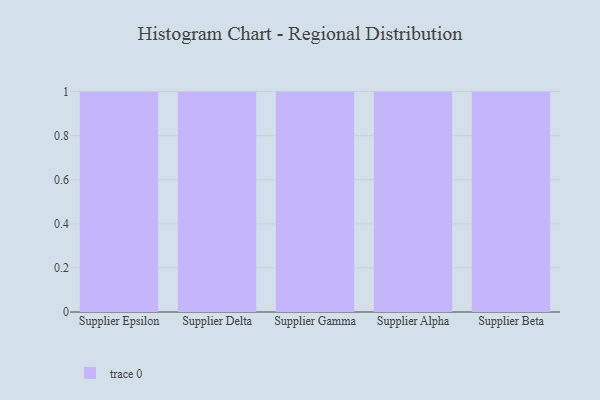
{"axis": {"x": "Supplier", "y": "Population (Million)"}, "legend": [""], "data": [{"x": "Supplier Epsilon", "y": 86, "type": ""}, {"x": "Supplier Delta", "y": 55, "type": ""}, {"x": "Supplier Gamma", "y": 65, "type": ""}, {"x": "Supplier Alpha", "y": 63, "type": ""}, {"x": "Supplier Beta", "y": 7, "type": ""}]}